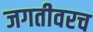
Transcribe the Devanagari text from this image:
जगतीवरच